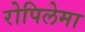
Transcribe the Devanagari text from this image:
रोपिलेमा